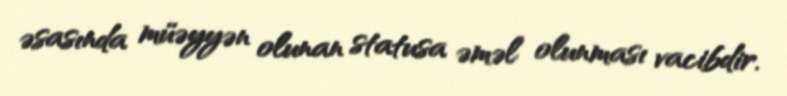
əsasında müəyyən olunan statusa əməl olunması vacibdir.